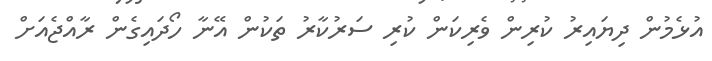
އުޅެމުން ދިޔައިރު ކުރިން ވެރިކަން ކުރި ސަރުކާރު ތަކުން އޭނާ ހޯދައިގެން ރާއްޖެއަށް